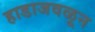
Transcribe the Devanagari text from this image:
हाडाजवळून